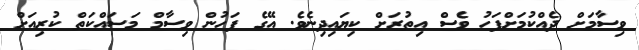
ވިސާމަށް ދެއްކުމަށްފަހު ވެސް އިތުރަށް ކިޔައިދިނެވެ. އޭގެ ފަހުން ވިސާމް މަސައްކަތް ކުރިއަށް